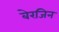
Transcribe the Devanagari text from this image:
बेरजिन